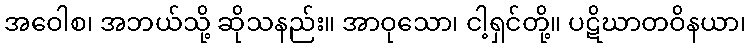
အဝေါစ၊ အဘယ်သို့ ဆိုသနည်း။ အာဝုသော၊ ငါ့ရှင်တို့။ ပဋိဃာတဝိနယာ၊